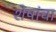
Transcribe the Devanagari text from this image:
शेषांचा